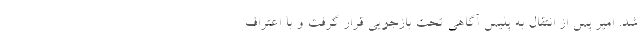
شد. امیر پس از انتقال به پلیس آگاهی تحت بازجویی قرار گرفت و با اعتراف